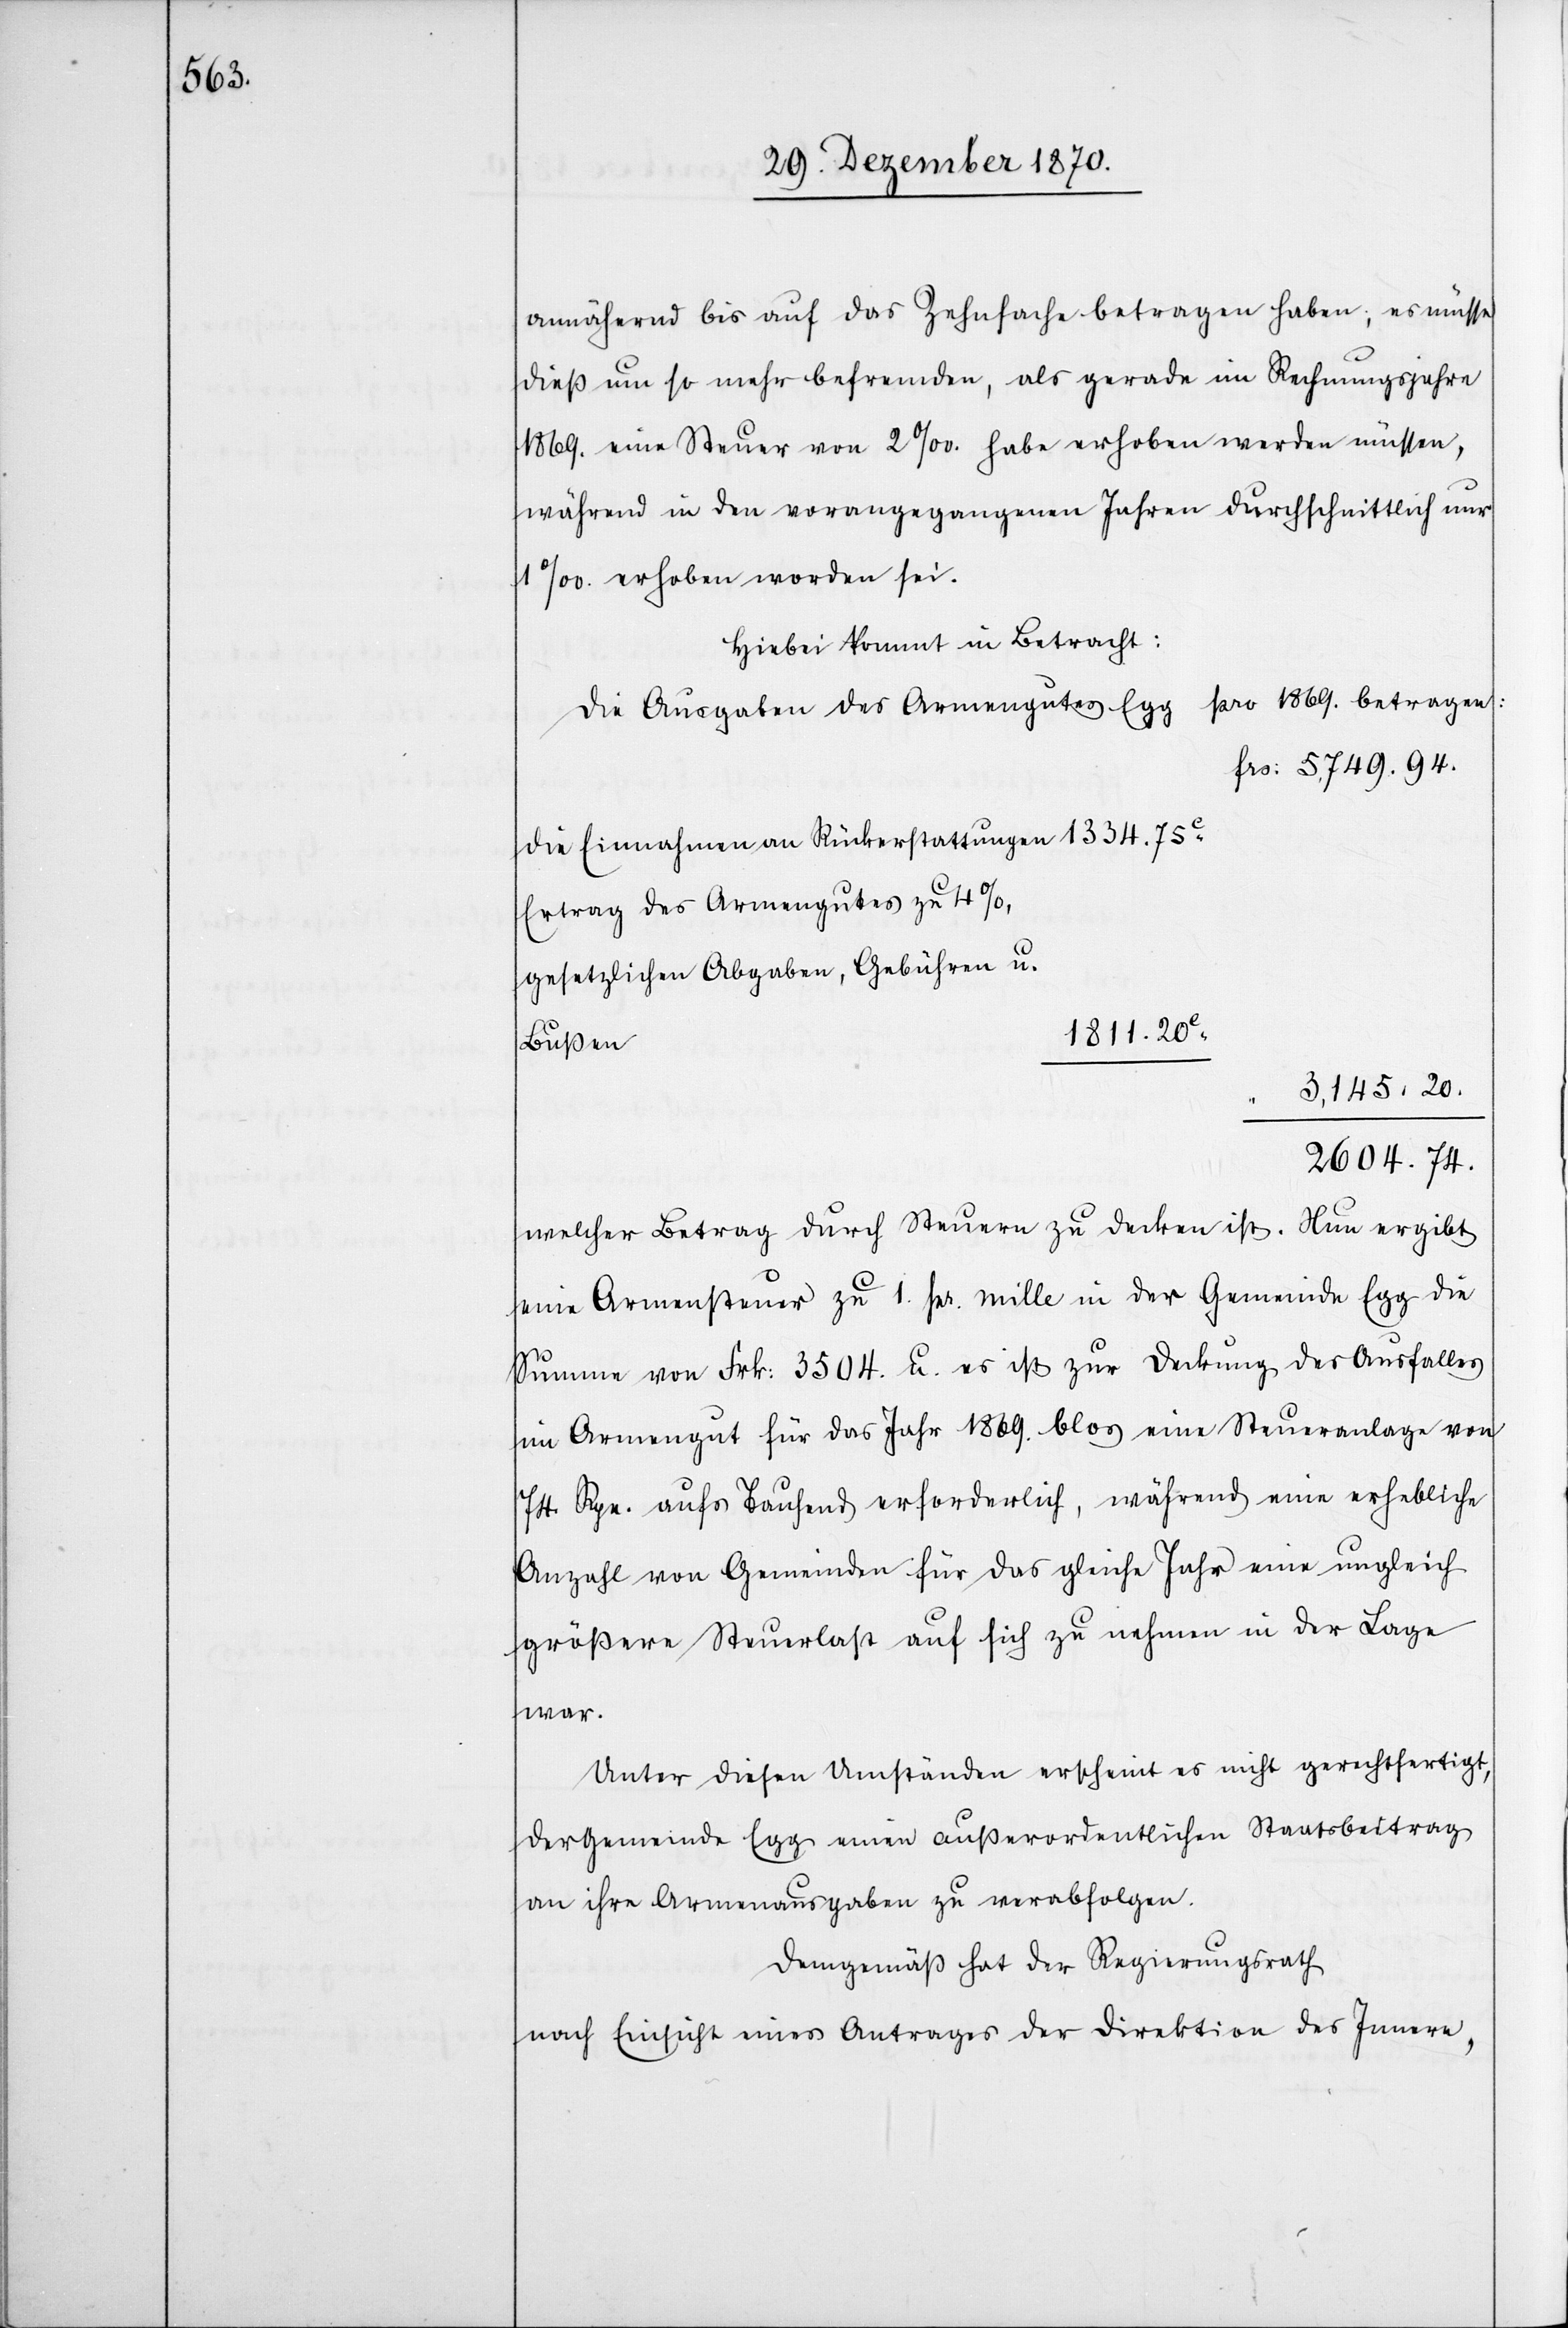
annähernd bis auf das Zehnfache betragen haben; es müsse
dieß um so mehr befremden, als gerade im Rechnungsjahre
1869. eine Steuer von 2‰. habe erhoben werden müssen,
während in den vorangegangenen Jahren durchschnittlich nur
1‰. erhoben worden sei.
Hiebei kommt in Betracht:
pro 1869. betragen:
Die Ausgaben des Armengutes Egg
Frs: 5,749.94.
die Einnahmen an Rückerstattungen 1334.75C.
Ertrag des Armengutes zu 4%,
gesetzlichen Abgaben, Gebühren u.
1811.20C.
Bußen
3,145.20.
2604.74.
welcher Betrag durch Steuern zu decken ist. Nun ergibt
eine Armensteuer zu 1. pr. mille in der Gemeinde Egg die
Summe von Frk: 3504. u. es ist zur Deckung des Ausfalles
im Armengut für das Jahr 1869. blos eine Steueranlage von
74 Rpn. aufs Tausend erforderlich, während eine erhebliche
Anzahl von Gemeinden für das gleiche Jahr eine ungleich
größere Steuerlast auf sich zu nehmen in der Lage
war.
Unter diesen Umständen erscheint es nicht gerechtfertigt,
der Gemeinde Egg einen außerordentlichen Staatsbeitrag
an ihre Armenausgaben zu verabfolgen.
Demgemäß hat der Regierungsrath
nach Einsicht eines Antrages der Direktion des Innern,